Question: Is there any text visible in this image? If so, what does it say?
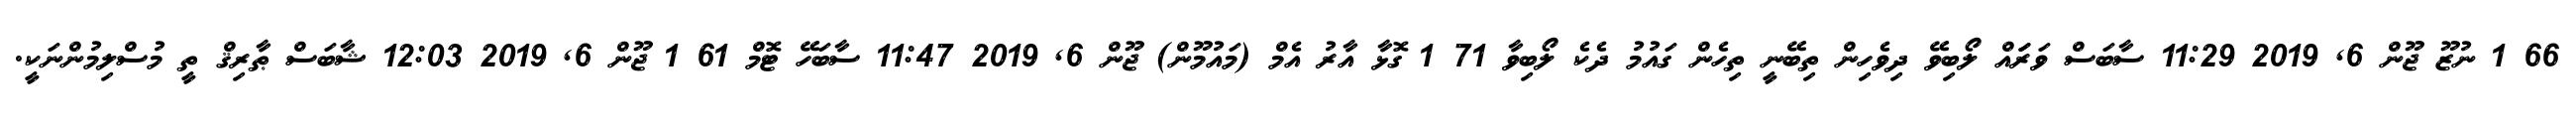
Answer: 66 1 ނުޒޫ ޖޫން 6, 2019 11:29 ސާބަސް ވަރަައް ލޯބިވޭ ދިވެހިން ތިބޭނީ ތިހެން ގައުމު ދެކެ ލޯބިވާ 71 1 ގޮޅާ އާރު އެމް (މައުމޫން) ޖޫން 6, 2019 11:47 ސާބަހޭ ޓޮމް 61 1 ޖޫން 6, 2019 12:03 ޝާބަސް ޠާރިޤް ތީ މުސްލިމުންނަކީ.